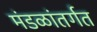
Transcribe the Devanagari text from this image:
मंडळांतर्गत